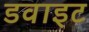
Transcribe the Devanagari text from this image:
डवाइट